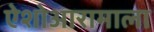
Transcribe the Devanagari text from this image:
ऐशोआरामाला